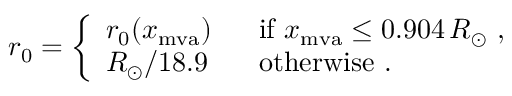
r _ { 0 } = \left\{ \begin{array} { l l } { { r _ { 0 } ( x _ { \mathrm { m v a } } ) } } & { { \mathrm { \ \ i f \ } x _ { \mathrm { m v a } } \leq 0 . 9 0 4 \, R _ { \odot } \ , } } \\ { { R _ { \odot } / 1 8 . 9 } } & { { \mathrm { \ \ o t h e r w i s e } \ . } } \end{array} \right.